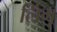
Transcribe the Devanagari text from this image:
लिंगू